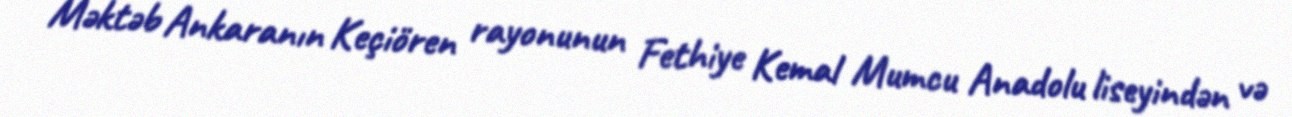
Məktəb Ankaranın Keçiören rayonunun Fethiye Kemal Mumcu Anadolu liseyindən və